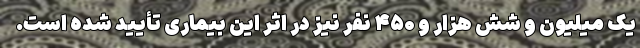
یک میلیون و شش هزار و ۴۵۰ نفر نیز در اثر این بیماری تأیید شده است.